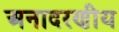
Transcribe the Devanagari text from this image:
अनादरणीय